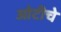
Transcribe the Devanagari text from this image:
ओटीचे